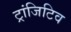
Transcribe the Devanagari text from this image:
ट्रांजिटिव